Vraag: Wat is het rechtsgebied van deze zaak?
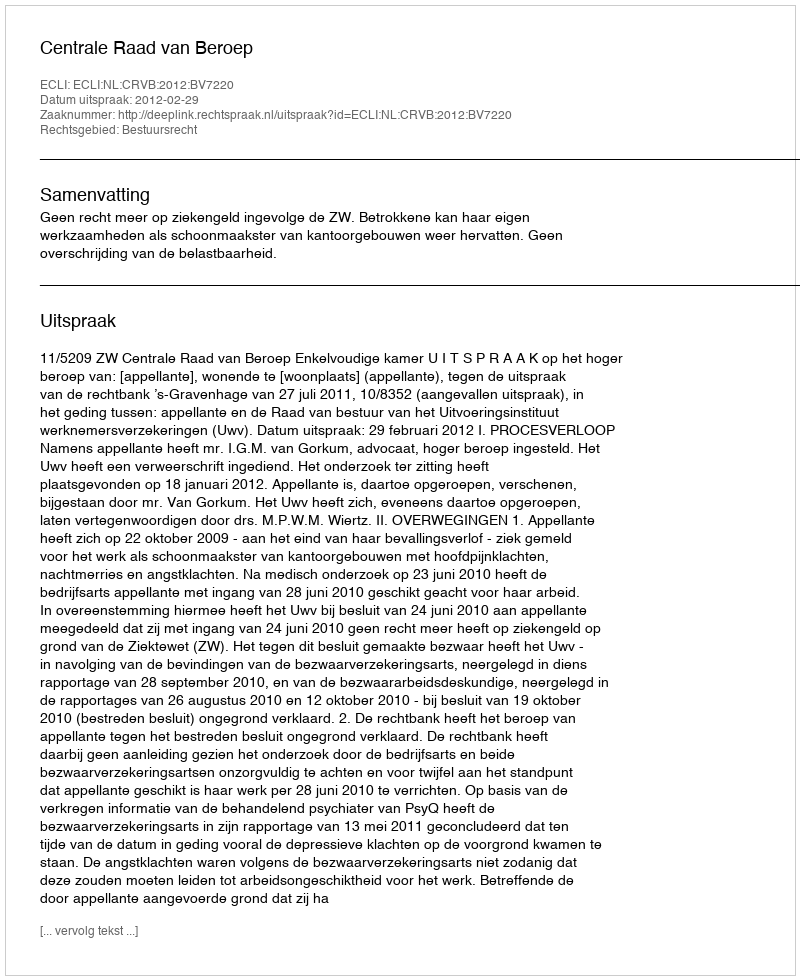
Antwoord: Bestuursrecht